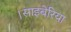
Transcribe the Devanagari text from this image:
।साइबेरिया